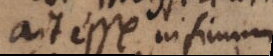
ait esse infimum